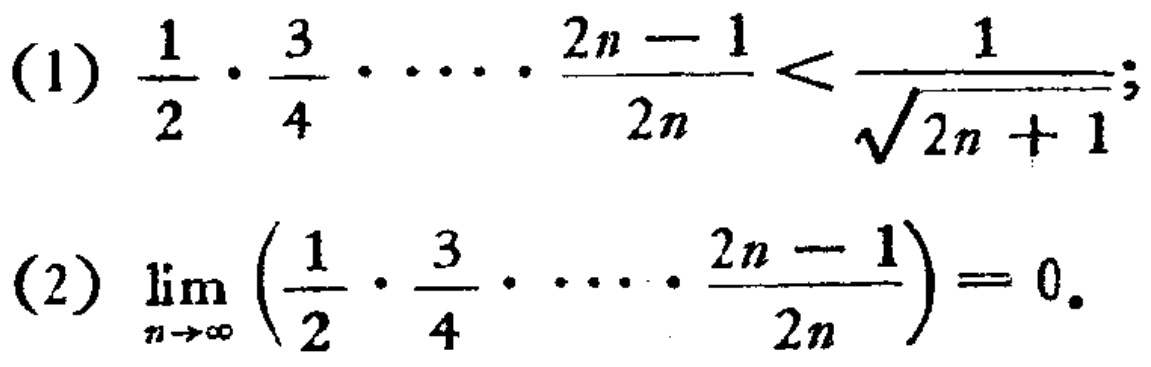
(1) \(\frac{1}{2} \cdot \frac{3}{4} \cdot \cdots \cdot \frac{2n - 1}{2n} < \frac{1}{\sqrt{2n + 1}}\);
(2) \(\lim_{n \to \infty} \left(\frac{1}{2} \cdot \frac{3}{4} \cdot \cdots \cdot \frac{2n - 1}{2n}\right) = 0\).